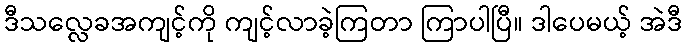
ဒီသလ္လေခအကျင့်ကို ကျင့်လာခဲ့ကြတာ ကြာပါပြီ။ ဒါပေမယ့် အဲဒီ